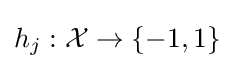
h_{j}:{\mathcal {X}}\to \{-1,1\}